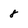
Character: 8